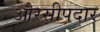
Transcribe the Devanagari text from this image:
औरसीपदार